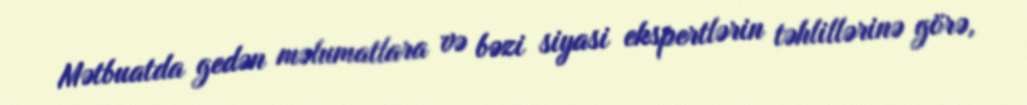
Mətbuatda gedən məlumatlara və bəzi siyasi ekspertlərin təhlillərinə görə,